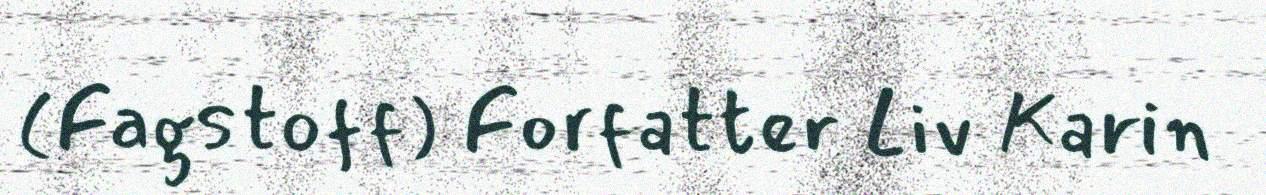
(Fagstoff) Forfatter Liv Karin